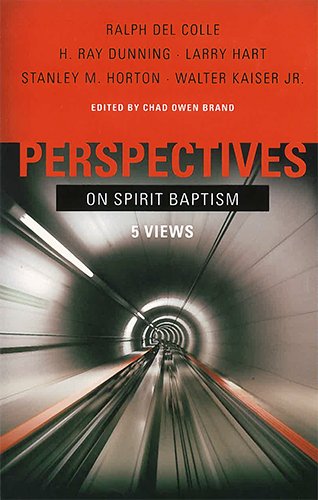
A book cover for Perspectives on Spirit Baptism; Ralph Del Colle; Religion & Spirituality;